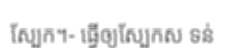
ស្បែក។- ធ្វើឲ្យស្បែកស ទន់